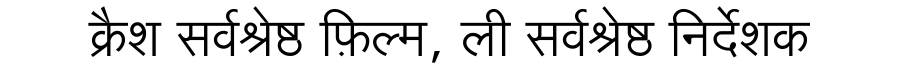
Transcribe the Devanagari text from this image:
क्रैश सर्वश्रेष्ठ फ़िल्म, ली सर्वश्रेष्ठ निर्देशक